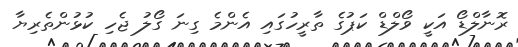
ރޮނާލްޑޯ އަކީ ވޯލްޑް ކަޕުގެ ތާރީހުގައި އެންމެ ގިނަ ގޯލު ޖެހި ކުޅުންތެރިޔާ